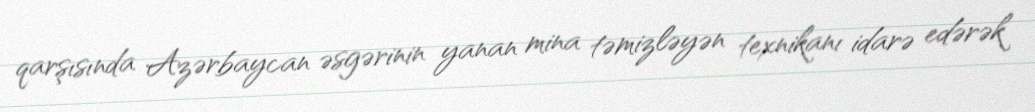
qarşısında Azərbaycan əsgərinin yanan mina təmizləyən texnikanı idarə edərək